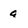
Character: a